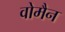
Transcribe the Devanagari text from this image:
वोमैन